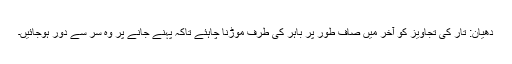
دھیان: تار کی تجاویز کو آخر میں صاف طور پر باہر کی طرف موڑنا چاہئے تاکہ پہنے جانے پر وہ سر سے دور ہوجائیں۔